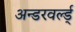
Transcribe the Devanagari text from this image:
अन्डरवर्ल्ड्